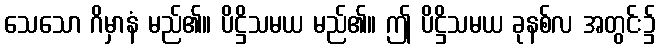
သေသော ဂိမှာနံ မည်၏။ ပိဋ္ဌိသမယ မည်၏။ ဤ ပိဋ္ဌိသမယ ခုနစ်လ အတွင်း၌